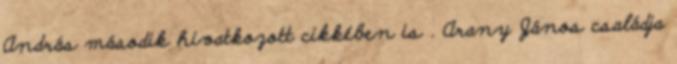
András második hivatkozott cikkében is . Arany János családja